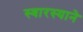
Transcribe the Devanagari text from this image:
स्वारस्याने